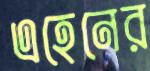
এহেনের